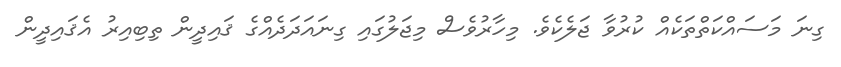
ގިނަ މަސައްކަތްތަކެއް ކުރުވާ ޖަލެކެވެ. މިހާރުވެސް މިޖަލުގައި ގިނައަދަދެއްގެ ޤައިދީން ތިބިއިރު އެޤައިދީން